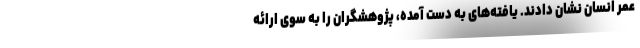
عمر انسان نشان دادند. یافته‌های به دست آمده، پژوهشگران را به سوی ارائه